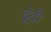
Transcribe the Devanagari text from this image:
ढूंढ़ी